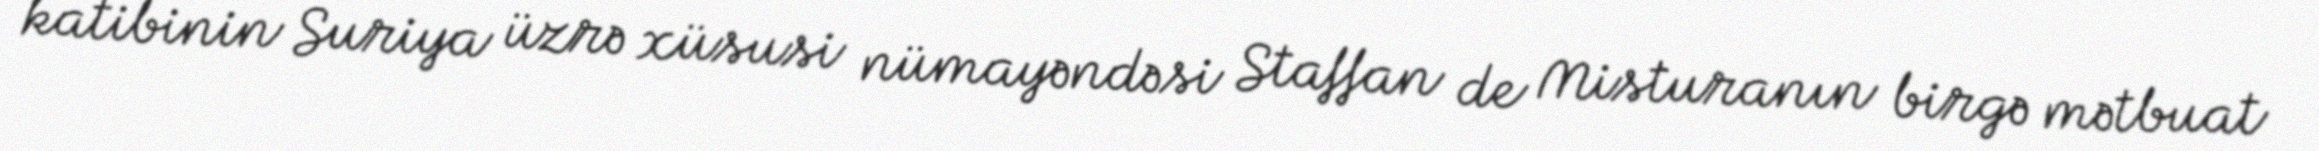
katibinin Suriya üzrə xüsusi nümayəndəsi Staffan de Misturanın birgə mətbuat